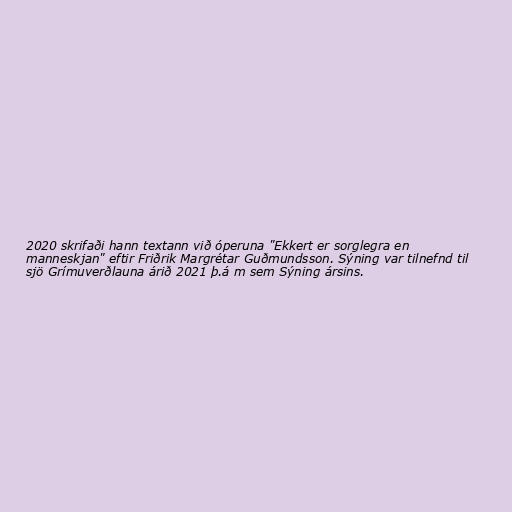
2020 skrifaði hann textann við óperuna "Ekkert er sorglegra en
manneskjan" eftir Friðrik Margrétar Guðmundsson. Sýning var tilnefnd til
sjö Grímuverðlauna árið 2021 þ.á m sem Sýning ársins.